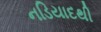
નડિયાદથી